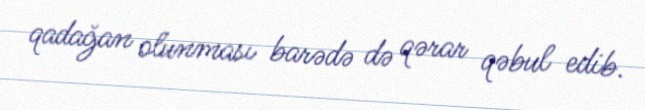
qadağan olunması barədə də qərar qəbul edib.